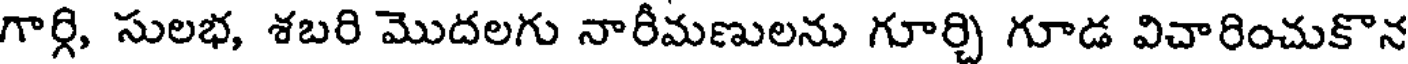
గార్గి, సులభ, శబరి మొదలగు నారీమణులను గూర్చి గూడ విచారించుకొన